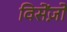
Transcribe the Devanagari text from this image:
विसेंज़ो